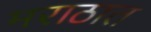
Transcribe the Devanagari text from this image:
मराठात